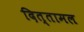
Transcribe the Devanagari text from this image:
दित्तामल